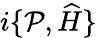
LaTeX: i\{ {\cal P},\widehat{H}\}